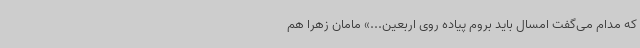
که مدام می‌گفت امسال باید بروم پیاده روی اربعین...» مامان زهرا هم